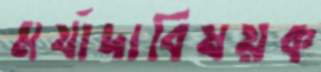
মর্যাদাবিষয়ক